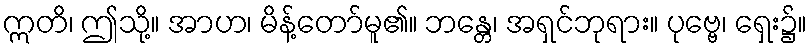
ဣတိ၊ ဤသို့။ အာဟ၊ မိန့်တော်မူ၏။ ဘန္တေ၊ အရှင်ဘုရား။ ပုဗ္ဗေ၊ ရှေး၌။